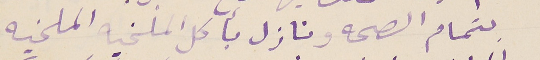
بتمام الصحه ونازل بأكل الملخيه الملخيه